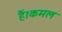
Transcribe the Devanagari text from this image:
हैं।कमल